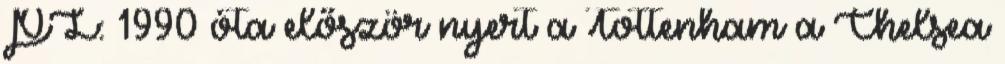
PL: 1990 óta először nyert a Tottenham a Chelsea